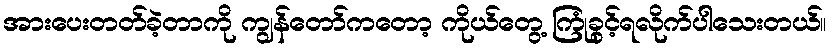
အားပေးတတ်ခဲ့တာကို ကျွန်တော်ကတော့ ကိုယ်တွေ့ ကြုံခွင့်ရလိုက်ပါသေးတယ်။